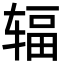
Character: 辐